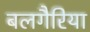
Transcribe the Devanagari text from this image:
बलगैरिया